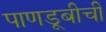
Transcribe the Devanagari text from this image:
पाणडूबीची